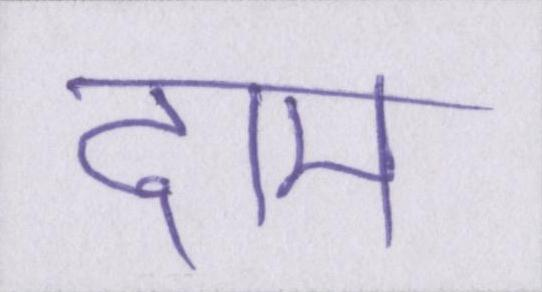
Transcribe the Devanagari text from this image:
दाम